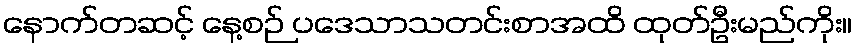
နောက်တဆင့် နေ့စဉ် ပဒေသာသတင်းစာအထိ ထုတ်ဦးမည်ကိုး။